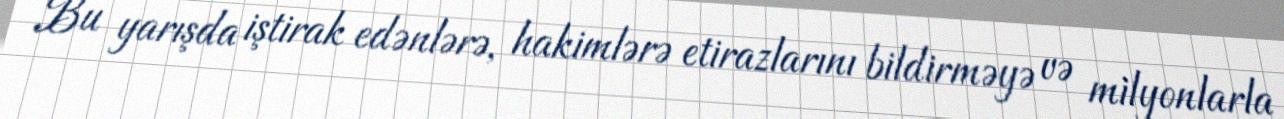
Bu yarışda iştirak edənlərə, hakimlərə etirazlarını bildirməyə və milyonlarla